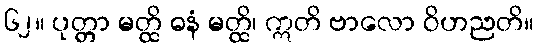
၆၂။ ပုတ္တာ မတ္ထိ ဓနံ မတ္ထိ၊ ဣတိ ဗာလော ဝိဟညတိ။